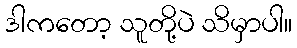
ဒါကတော့ သူတို့ပဲ သိမှာပါ။